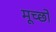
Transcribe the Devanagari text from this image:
मूच्छों